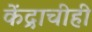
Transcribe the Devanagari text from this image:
केंद्राचीही